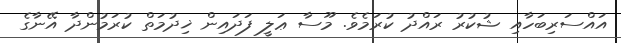
އައްސަރިބަހާއި ޝުކުރު ރައްދު ކުރަމެވެ. މޫސާ ޢަލީ ފަދައިން ޚިދުމަތް ކުރަމުންދާ އޭނާގެ